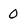
Character: 0